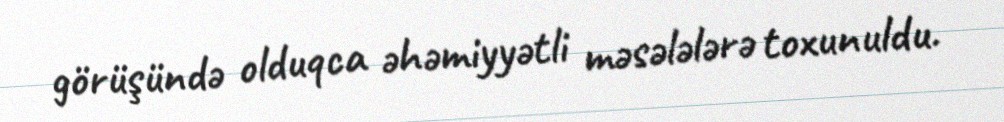
görüşündə olduqca əhəmiyyətli məsələlərə toxunuldu.